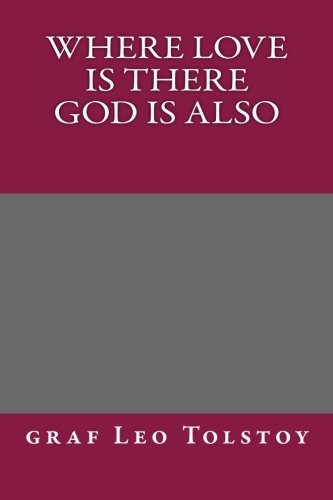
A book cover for Where Love Is There God Is Also; graf Leo Tolstoy; Christian Books & Bibles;